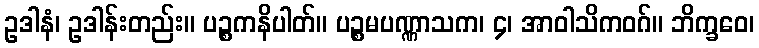
ဥဒါနံ၊ ဥဒါန်းတည်း။ ပဉ္စကနိပါတ်။ ပဉ္စမပဏ္ဏာသက၊ ၄၊ အာဝါသိကဝဂ်။ ဘိက္ခဝေ၊